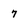
Character: 7